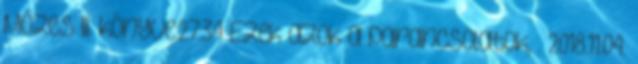
Mózes III. könyve:27:34 Ezek azok a parancsolatok, . 2018.11.04.